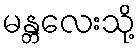
မန္တလေးသို့